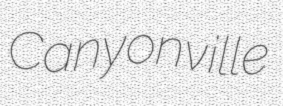
Canyonville